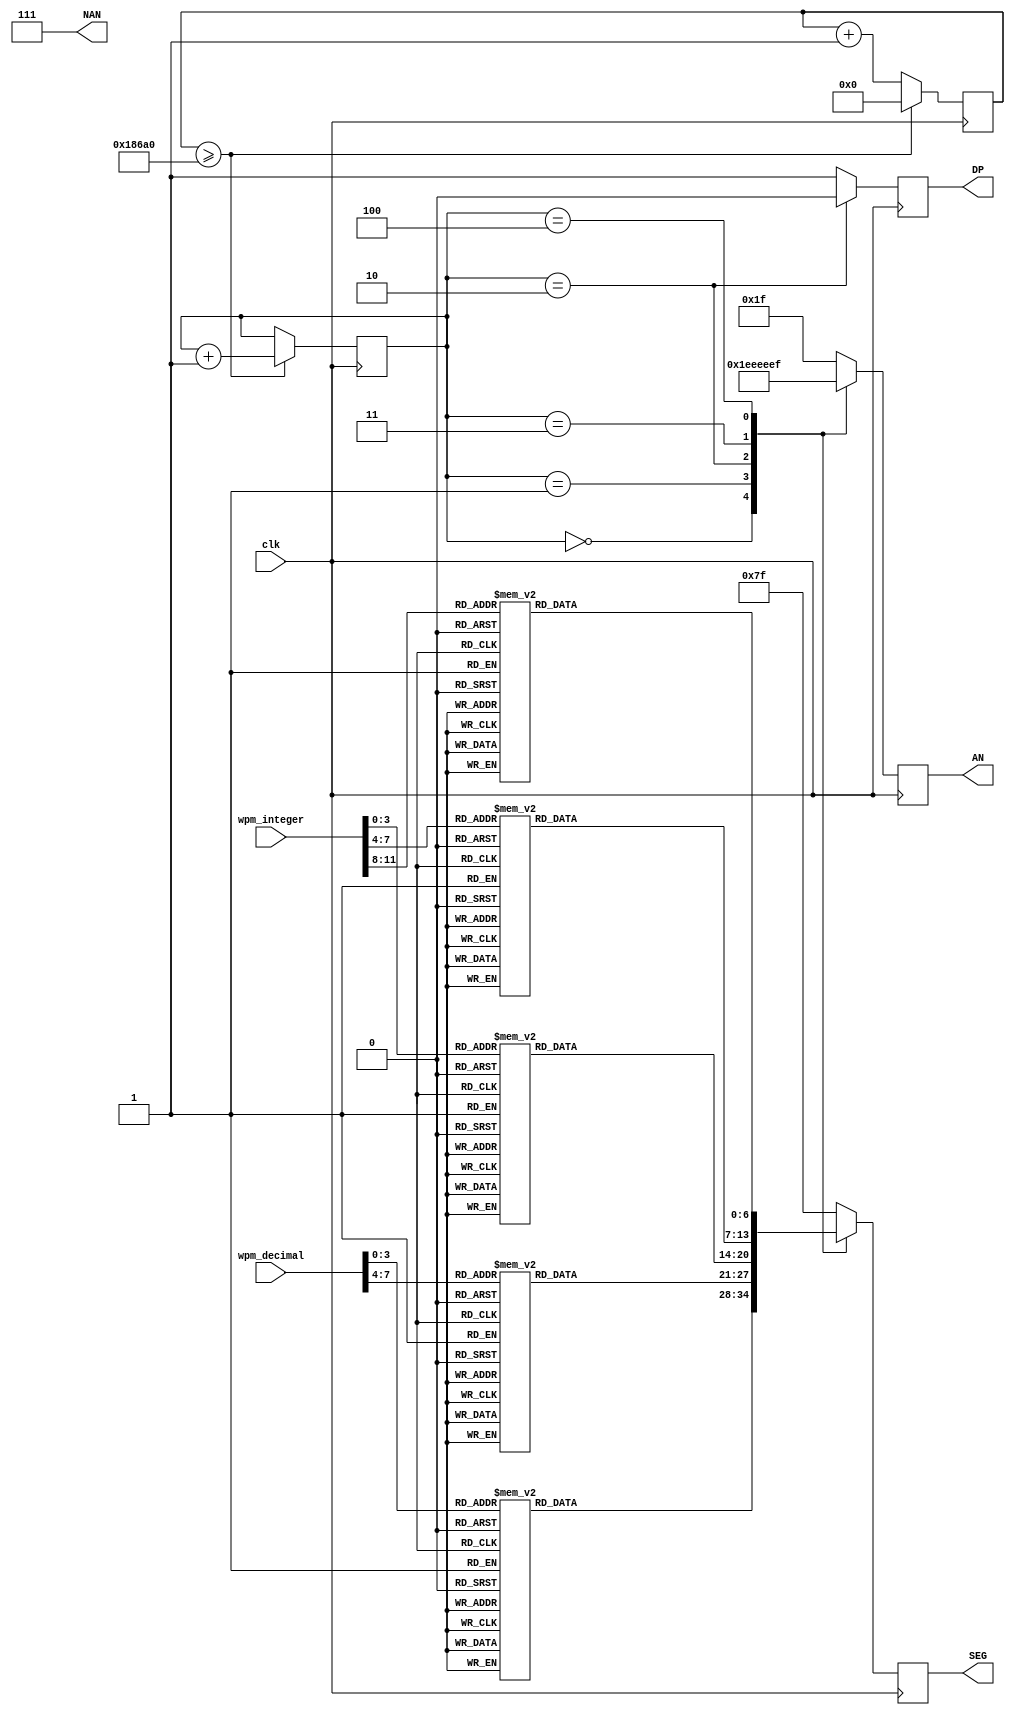
`timescale 1ns / 1ps

module SevSegControl(
    input clk,  // Clock input
    input [11:0] wpm_integer,  // 12-bit BCD (3 digits) for integer part of WPM
    input [7:0] wpm_decimal,   // 8-bit BCD (2 digits) for decimal part of WPM
    output reg [6:0] SEG,      // 7-segment display segments
    output reg [4:0] AN,        // 5 Anodes for 7-segment display
    output reg [2:0] NAN = 4'hF,
    output reg DP
);

    // Internal registers for individual digits
    wire [3:0] digit1, digit2, digit3, digit4, digit5;
    
    // Extracting individual digits from BCD inputs
    //assign digit1 = wpm_integer[3:0];     // Least significant digit of integer part
    //assign digit2 = wpm_integer[7:4];     // Middle digit of integer part
    //assign digit3 = wpm_integer[11:8];    // Most significant digit of integer part
    //assign digit4 = wpm_decimal[3:0];     // Least significant digit of decimal part
    //assign digit5 = wpm_decimal[7:4];     // Most significant digit of decimal part
    assign digit1 = wpm_decimal[3:0];     // Least significant digit of integer part
    assign digit2 = wpm_decimal[7:4];     // Middle digit of integer part
    assign digit3 = wpm_integer[3:0];    // Most significant digit of integer part
    assign digit4 = wpm_integer[7:4];     // Least significant digit of decimal part
    assign digit5 = wpm_integer[11:8];     // Most significant digit of decimal part

    
    // Function for mapping digits to 7-segment patterns
    function [6:0] digit_to_seg;
        input [3:0] digit;
        begin
            case(digit)
                4'b0000: digit_to_seg = 7'b1000000; // 0
                4'b0001: digit_to_seg = 7'b1111001; // 1
                4'b0010: digit_to_seg = 7'b0100100; // 2
                4'b0011: digit_to_seg = 7'b0110000; // 3
                4'b0100: digit_to_seg = 7'b0011001; // 4
                4'b0101: digit_to_seg = 7'b0010010; // 5
                4'b0110: digit_to_seg = 7'b0000010; // 6
                4'b0111: digit_to_seg = 7'b1111000; // 7
                4'b1000: digit_to_seg = 7'b0000000; // 8
                4'b1001: digit_to_seg = 7'b0010000; // 9
                default: digit_to_seg = 7'b1111111; // Blank
            endcase
        end
    endfunction

    // Digit selection and refresh logic
    reg [2:0] digit_select;
    reg [16:0] refresh_timer;
    
    always @(posedge clk) begin
        if(refresh_timer >= 100000) begin
            refresh_timer <= 0;
            digit_select <= digit_select + 1;
        end else
            refresh_timer <= refresh_timer + 1;
    end

    // Display logic
    always @(posedge clk) begin
        case(digit_select)
            3'b000 : begin
                SEG <= digit_to_seg(digit1);
                AN <= 5'b11110;
                DP <= 1;
            end
            3'b001 : begin
                SEG <= digit_to_seg(digit2);
                AN <= 5'b11101;
                DP <= 1;
            end
            3'b010 : begin
                SEG <= digit_to_seg(digit3);
                AN <= 5'b11011;
                DP <= 0;
            end
            3'b011 : begin
                SEG <= digit_to_seg(digit4);
                AN <= 5'b10111;
                DP <= 1;
            end
            3'b100 : begin
                SEG <= digit_to_seg(digit5);
                AN <= 5'b01111;
                DP <= 1;
            end
            default : begin
                SEG <= 7'b1111111; // Turn off segment
                AN <= 5'b11111;    // Turn off all anodes
                DP <= 1;
            end
        endcase
    end

endmodule